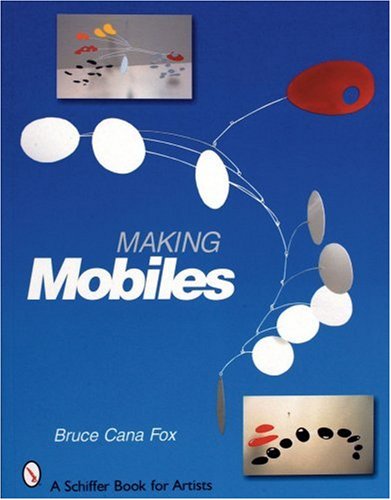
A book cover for Making Mobiles (Schiffer Book for Artists); Bruce Cana Fox; Arts & Photography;